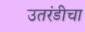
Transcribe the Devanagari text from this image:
उतरंडीचा